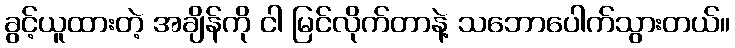
ခွင့်ယူထားတဲ့ အချိန်ကို ငါ မြင်လိုက်တာနဲ့ သဘောပေါက်သွားတယ်။